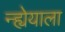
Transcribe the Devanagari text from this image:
न्ह्येयाला